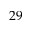
2 9